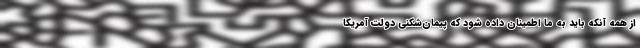
از همه آنکه باید به ما اطمینان داده شود که پیمان‌شکنی دولت آمریکا